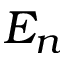
E _ { n }